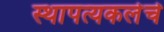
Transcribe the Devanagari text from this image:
स्थापत्यकलेचे